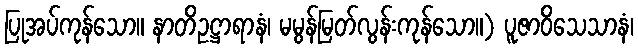
ပြုအပ်ကုန်သော။ နာတိဥဋ္ဌာရာနံ၊ မမွန်မြတ်လွန်းကုန်သော။) ပူဇာဝိသေသာနံ၊